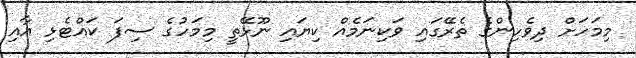
މިމަހަށް ދިވެހިންގެ ތެރޭގައި ވަކިނަމެއް ކިޔައި ނޫޅޭތީ މިމަހުގެ ސިފަ ކައްޓެޅި އާއި